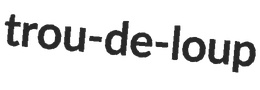
trou-de-loup